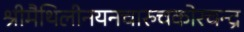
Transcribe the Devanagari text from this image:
श्रीमैथिलीनयनचारुचकोरचन्द्र